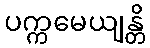
ပက္ကမေယျန္တိ